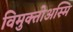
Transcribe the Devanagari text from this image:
विमुक्तोअस्मि